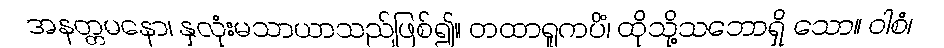
အနတ္တမနော၊ နှလုံးမသာယာသည်ဖြစ်၍။ တထာရူကပိံ၊ ထိုသို့သဘောရှိ သော။ ဝါစံ၊